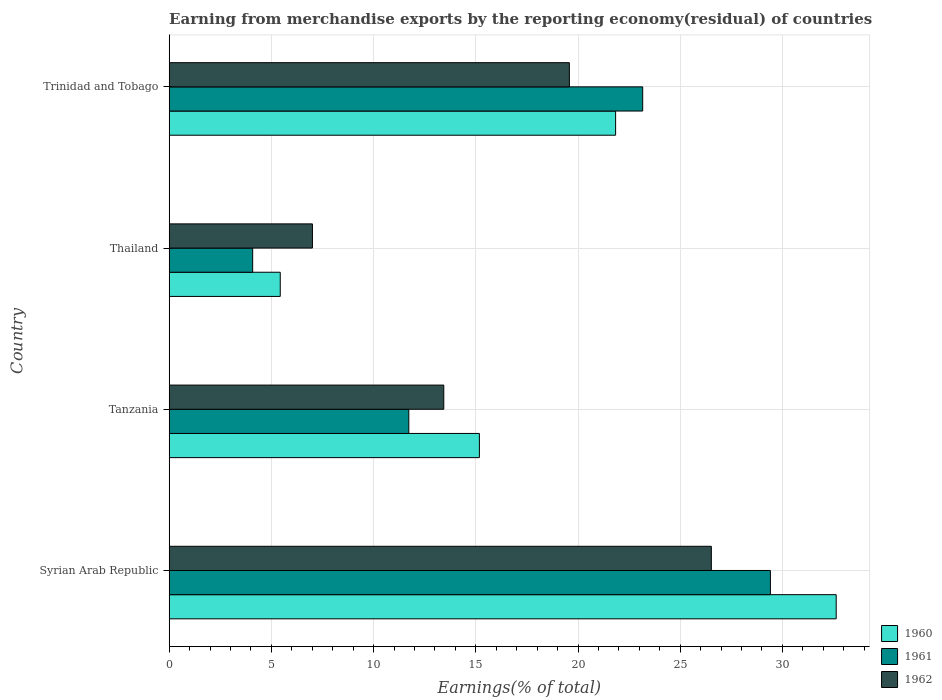
| Country | 1960 | 1961 | 1962 |
 | --- | --- | --- | --- |
 | Syrian Arab Republic | 32.6 | 29.4 | 26.5 |
 | Tanzania | 15.2 | 11.7 | 13.4 |
 | Thailand | 5.43 | 4.08 | 7.01 |
 | Trinidad and Tobago | 21.8 | 23.2 | 19.6 |